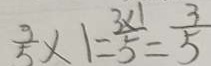
\frac { 3 } { 5 } \times 1 = \frac { 3 \times 1 } { 5 } = \frac { 3 } { 5 }